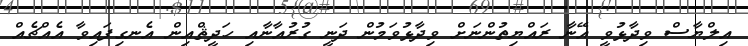
އިލްޔާސް ވިދާޅުވީ އޭނާ ރައްޔިތުންނަށް ވިދާޅުވަމުން ދަނީ ގުރުއާނާއި ހަދީޘްއިން އެނގިފައިވާ އެއްޗެއް